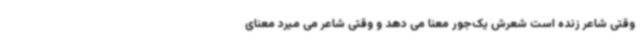
وقتی شاعر زنده است شعرش یک‌جور معنا می دهد و وقتی شاعر می میرد معنای